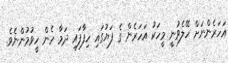
އަހަރެންނަށް ހޭލެވުނީ މީހަކު އަހަރެން ގެ ފަޔުގައި ހިފާފައި ދަމާ ހެން ހީވުމުންނެވެ.